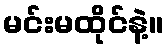
မင်းမထိုင်နဲ့။